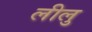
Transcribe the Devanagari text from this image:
लीलु